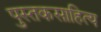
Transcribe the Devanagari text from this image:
पुस्तकसाहित्य